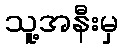
သူ့အနီးမှ